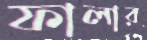
ফালার